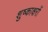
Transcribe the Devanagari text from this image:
शुष्काक्षरों